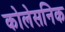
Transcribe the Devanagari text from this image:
कोलेसनिक